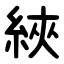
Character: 綊